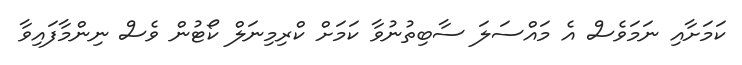
ކަމަށާއި ނަމަވެސް އެ މައްސަލަ ސާބިތުނުވާ ކަމަށް ކްރިމިނަލް ކޯޓުން ވެސް ނިންމާފައިވާ